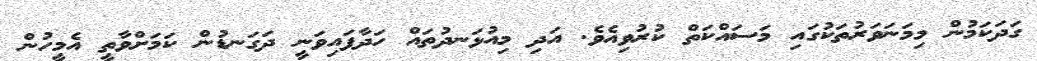
ގަދަކަމުން މިމަނަވަރުތަކުގައި މަސައްކަތް ކުރުވިއެވެ. އަދި މިއުޅަނދުތައް ހަދާފައިވަނީ ދަގަނޑުން ކަމަށްވާތީ އެމީހުން